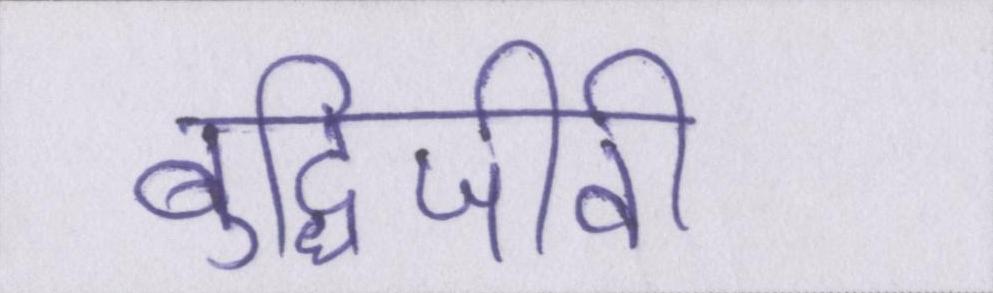
बुद्धिजीवी